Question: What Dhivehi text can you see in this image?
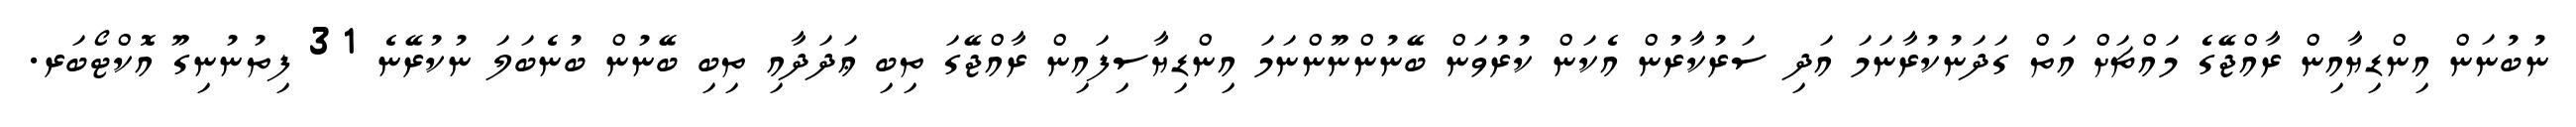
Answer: ނުބުނަން އިންޑިޔާއިން ރާއްޖޭގެ މައްޗަށް އަތް ގަދަނުކުރާނަމަ އަދި ސަރުކާރުން އެކަން ކުރުވަން ބޭނުންނޫންނަމަ އިންޑިޔާސިފައިން ރާއްޖޭގަ ތިބި ޢަދަދާއި ތިބި ބޭނުން ބުނެބަލަ ނުކުރޭނެ 31 ފިތުނުނިގޫ އޮކްޓޯބަރ.